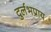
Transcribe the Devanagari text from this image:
दुर्लभप्राय